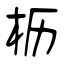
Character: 枥